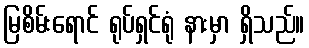
မြစိမ်းရောင် ရုပ်ရှင်ရုံ နားမှာ ရှိသည်။